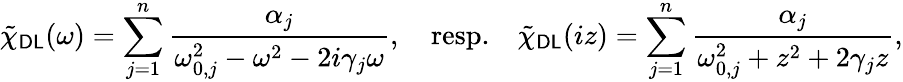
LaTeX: \tilde{\chi}_{\mathsf{DL}}(\omega)=\sum_{j=1}^{n}\frac{\alpha_{j}}{\omega_{0,j}^{2}-\omega^{2}-2i\gamma_{j}\omega},\quad\mathrm{resp.}\quad\tilde{\chi}_{\mathsf{DL}}(iz)=\sum_{j=1}^{n}\frac{\alpha_{j}}{\omega_{0,j}^{2}+z^{2}+2\gamma_{j}z},